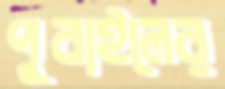
পুবাইলের